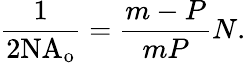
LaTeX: {\frac{1}{2{\mathrm{NA}}_{\mathrm{o}}}}={\frac{m-P}{mP}}N.